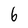
Character: 6